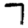
Digit: 7